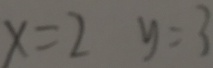
x = 2 y = 3